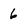
Character: 6